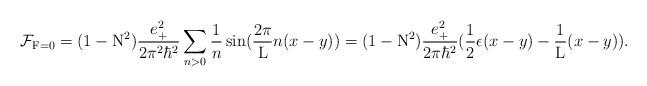
LaTeX: \begin{align*}{\cal F}_{{\rm F}=0} = (1-{\rm N}^2) \frac{e_{+}^2}{2{\pi}^2{\hbar}^2} \sum_{n>0} \frac{1}{n}\sin(\frac{2\pi}{\rm L} n(x-y)) = (1-{\rm N}^2) \frac{e_{+}^2}{2\pi{\hbar}^2} ( \frac{1}{2} \epsilon(x-y)- \frac{1}{\rm L} (x-y) ).\end{align*}